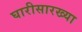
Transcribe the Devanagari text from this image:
घारीसारख्या